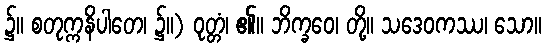
၌။ စတုက္ကနိပါတေ၊ ၌။) ဝုတ္တံ၊ ၏။ ဘိက္ခဝေ၊ တို့။ သဒေဝကဿ၊ သော။